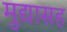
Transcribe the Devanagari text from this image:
मुद्यासह